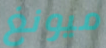
ميونغ